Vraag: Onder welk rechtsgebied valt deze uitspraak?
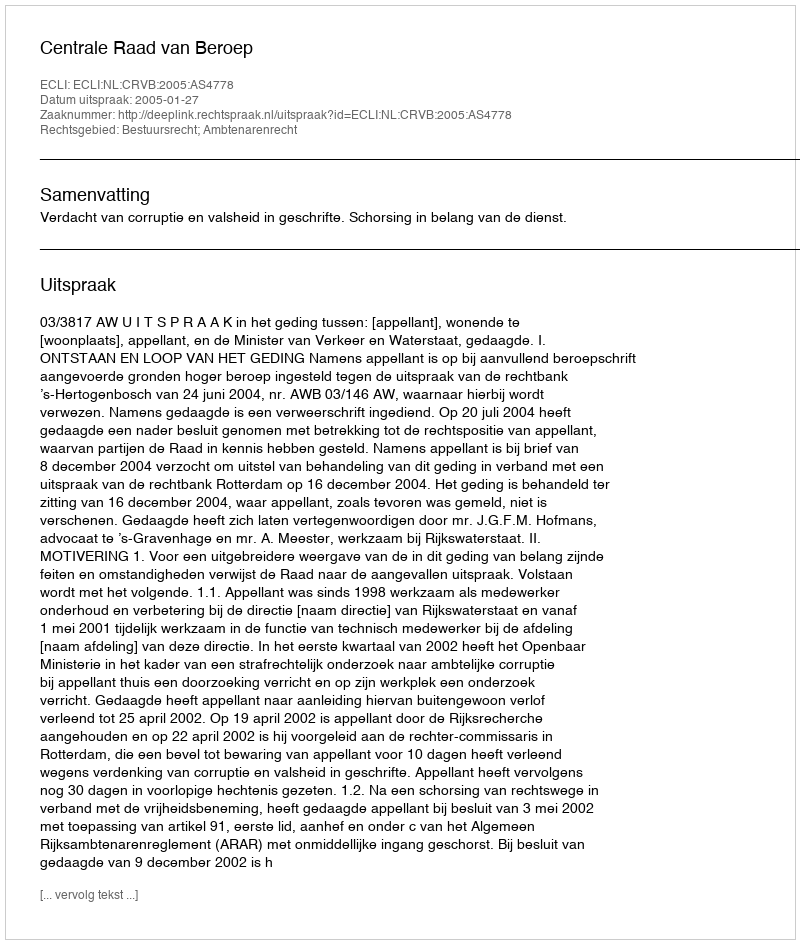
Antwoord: Bestuursrecht; Ambtenarenrecht